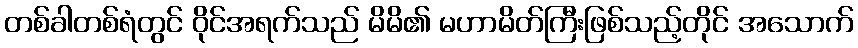
တစ်ခါတစ်ရံတွင် ဝိုင်အရက်သည် မိမိ၏ မဟာမိတ်ကြီးဖြစ်သည့်တိုင် အသောက်